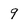
Character: q